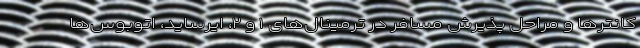
کانترها و مراحل پذیرش مسافر در ترمینال‌های ۱ و ۲، ایرساید، اتوبوس‌ها